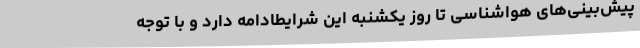
پیش‌بینی‌های هواشناسی تا روز یکشنبه این شرایطادامه دارد و با توجه